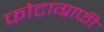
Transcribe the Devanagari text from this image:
फोटाग्राफी